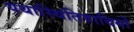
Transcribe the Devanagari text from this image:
यथास्थितिवादियों